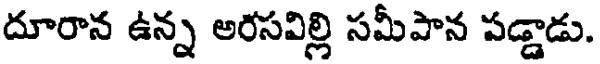
దూరాన ఉన్న అరసవిల్లి సమీపాన పడ్డాడు.